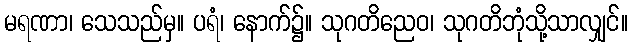
မရဏာ၊ သေသည်မှ။ ပရံ၊ နောက်၌။ သုဂတိညေဝ၊ သုဂတိဘုံသို့သာလျှင်။